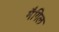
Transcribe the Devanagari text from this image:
मैगिल